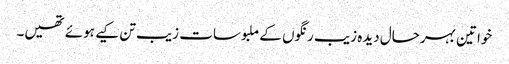
خواتین بہرحال دیدہ زیب رنگوں کے ملبوسات زیب تن کیے ہوئے تھیں۔